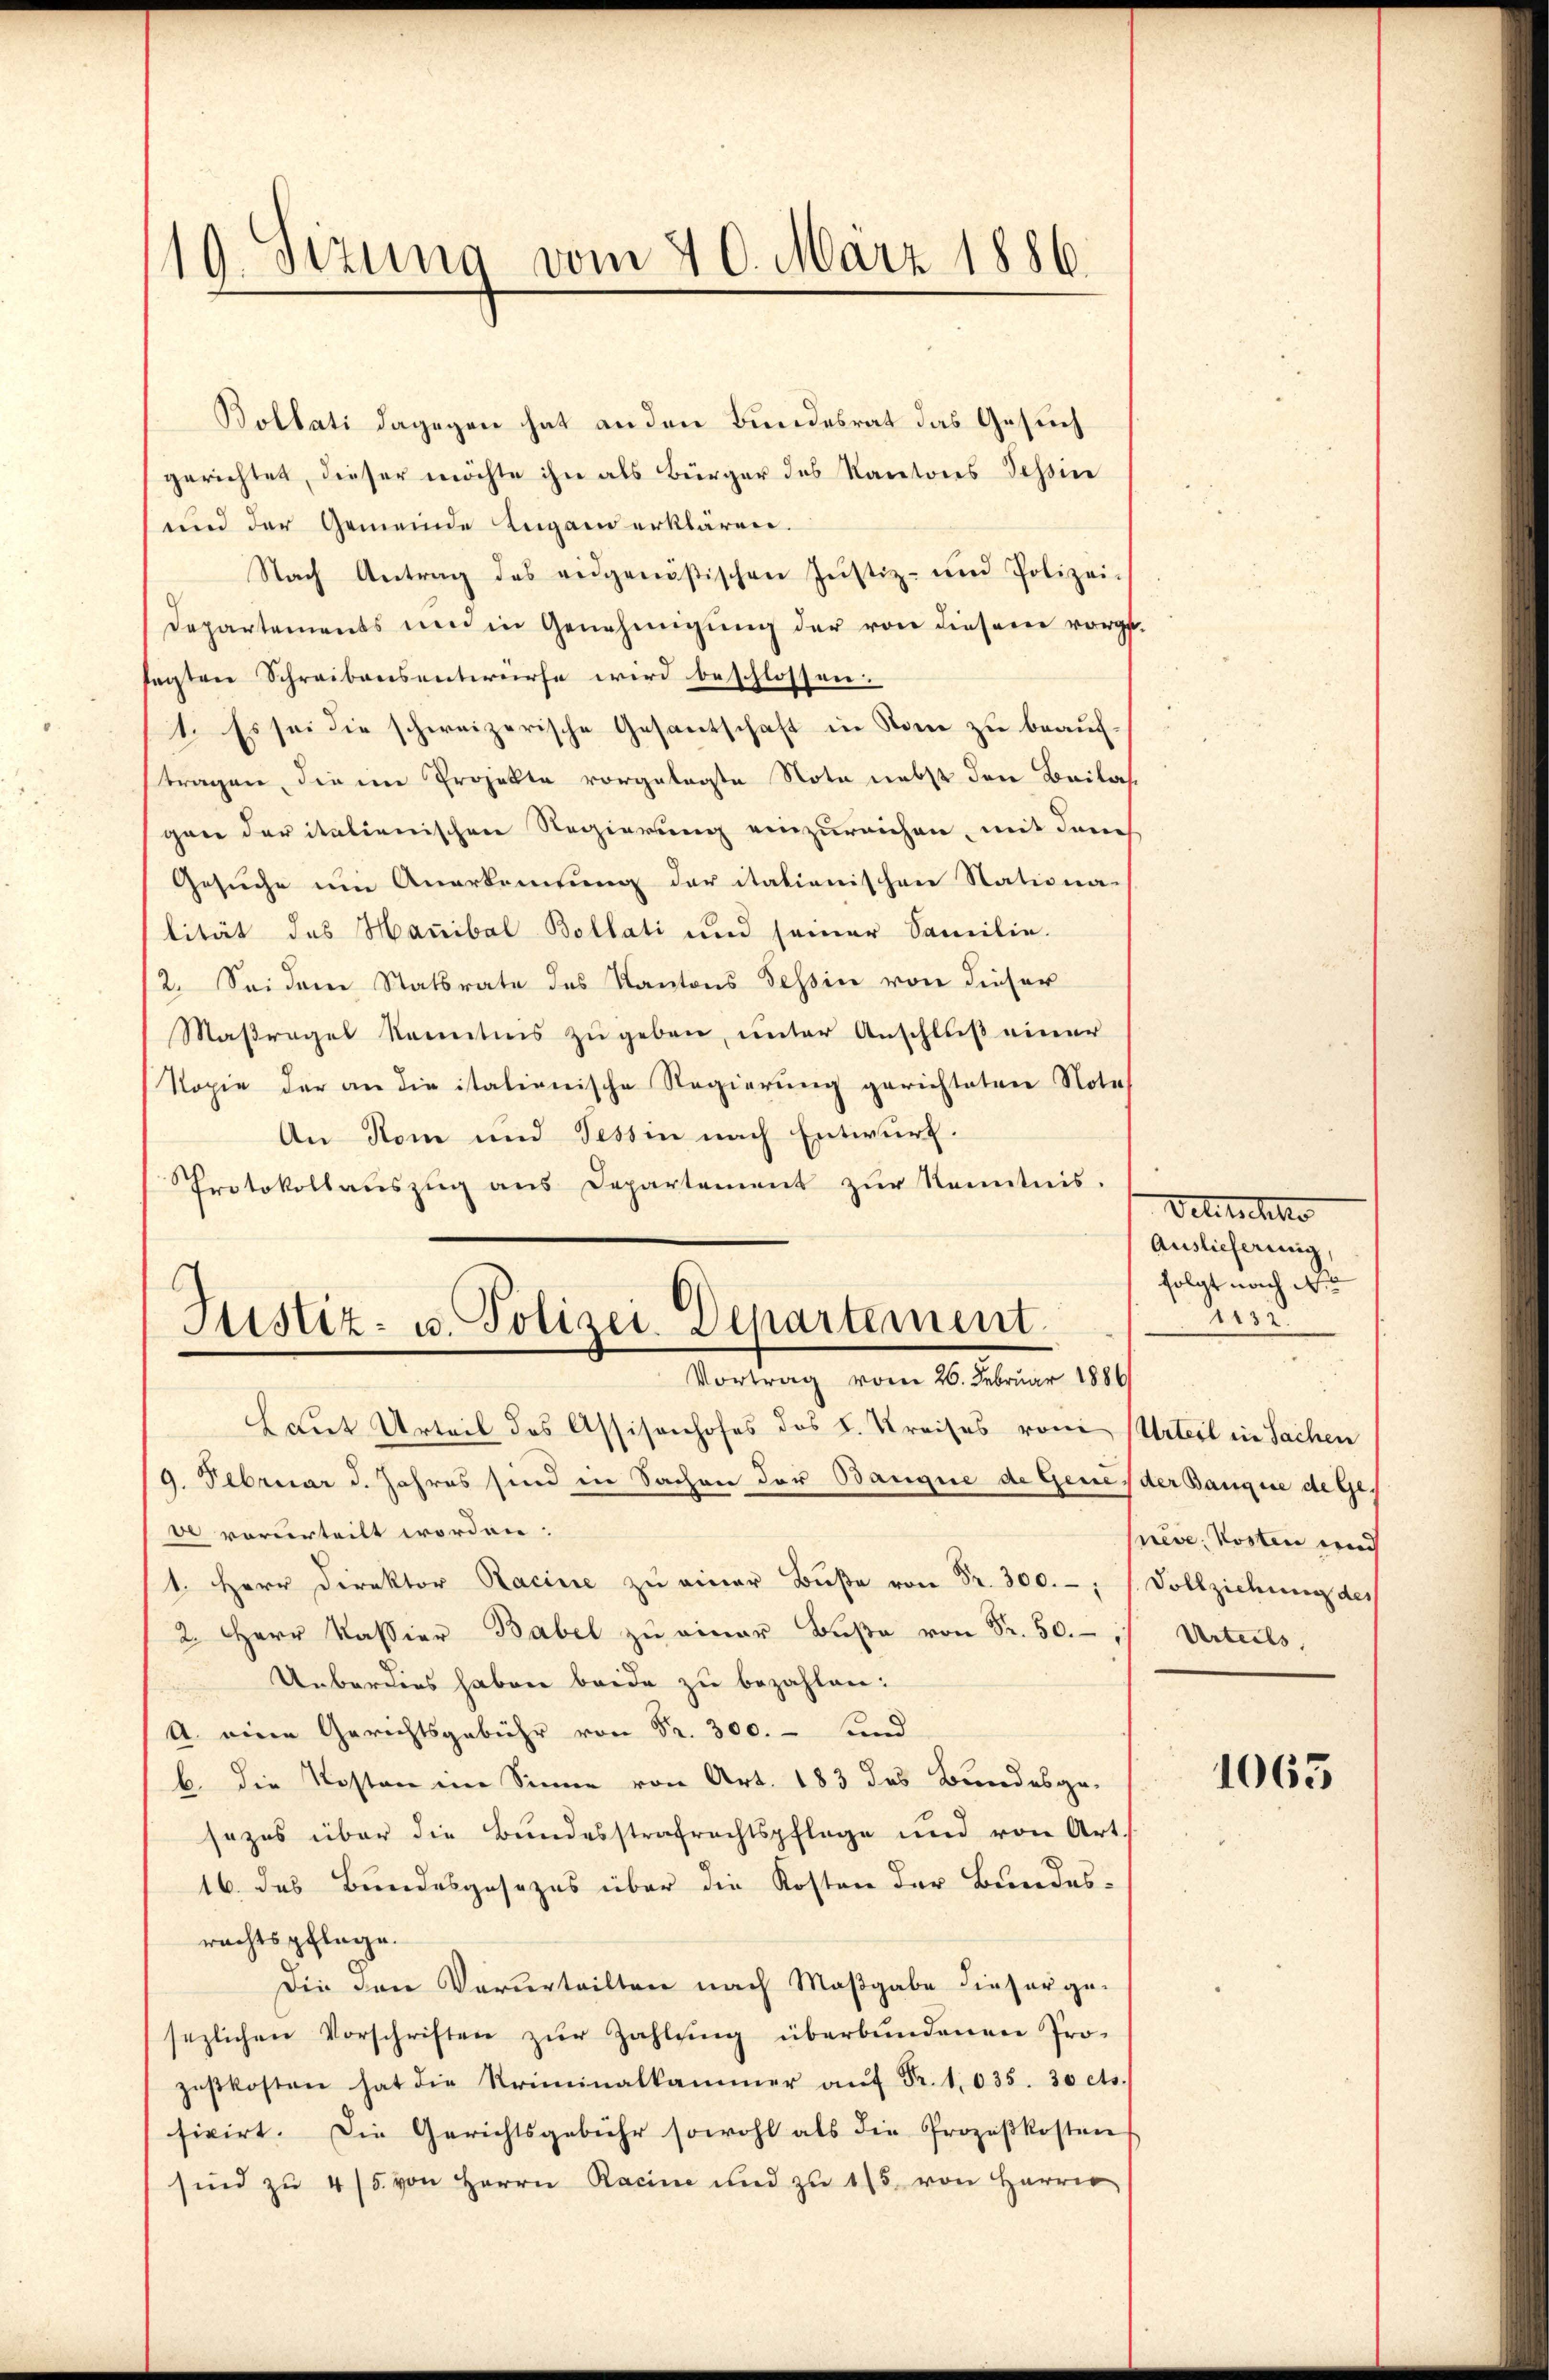
19. Sizung vom 20. März 1886.

Bollati dagegen hat an den Bundesrat das Gesuch
gerichtet, dieser möchte ihn als Bürger des Kantons Tessine
und der Gemeinde Lugano erklären.
Nach Antrag des eidgenößischen Jŭstiz- und Polizei-
Departements und in Genehmigŭng der von diesem vorget.
sagten Schreibensentwürfe wird beschlossen:
1. Es sei die schweizerische Gesantschaft in Rom zu beauftragen, die im Projekte vorgelagte Note nebst den Beilasgen der italienischen Regierung einzureichen, mit dem
Gesuche um Anerkennung der italienischen Stationa-
lität des Hanibal Bollati und seiner Familie.
2. Sei dem Statsrate des Kantons Tessin von dieser
Maßregel kenntnis zŭ geben, unter Anschluß einer
Kopie der an die italienische Regierung gerichteten Note
An Rom und Tessin nach Entwurf.
Protokollauszug aus Departement zur Kenntnis.
Justiz- u. Polizei-Departement.
Vortrag vom 26. Februar 1886/
haut Urteil des Assisonhofes des L. Kreises vom Urteil in Sachen
/9. Februar d. Jahres sind in Sachen der Banque de Genes der Banque de Gebe vorurteilt worden:
1. Herr Direktor Racine zŭ einer Bŭβe von Fr. 300.-,
2. Herr Kassier Babel zŭ einer Bŭβe von Fr. 50.
Ueberdies haben beide zu bezahlen:
A. eine Gerichtsgebühr von Fr. 300.- und
b. die Kosten im Sinne von Art. 183 des Bundesge-
sezes über die Bundesstrafrechtspflege und von Art.
16. das Bundesgesezes über die Kosten der Bundesrechtspflege.
Die den Verurteilten nach Maßgabe dieser ge-
sezlichen Vorschriften zŭr Zahlŭng überbŭndenen Pro-
zeßkosten hat die Kriminalkammer aŭf Fr. 1035. 30 cts.
fixirt. Die Gerichtsgebühr sowohl als die Prozeßkosten
sind zŭ 4/5 von Herrn Racine und zu 15. von Herrn

Veterschlo
Auslieferung,
folgt nach de
132.

seve, Kosten und
Vollziehung des
Urteils,

1063